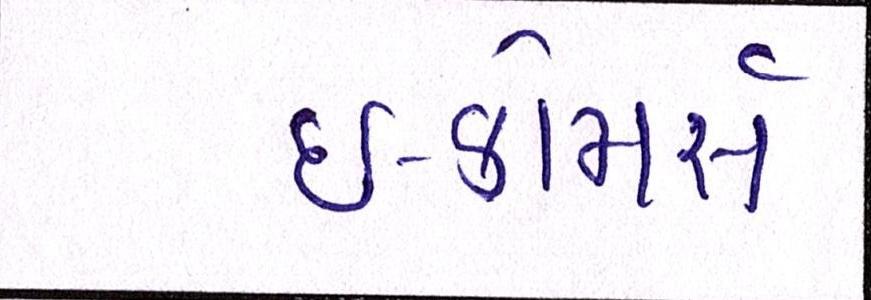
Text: ઇ-કોમસૅ